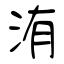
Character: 洧